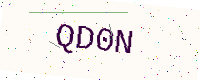
Text: QD0N